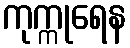
ကုက္ကုရေန